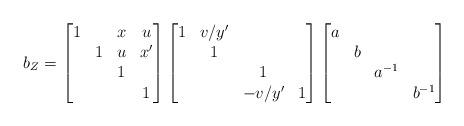
LaTeX: \begin{align*} b_Z=\begin{bmatrix}1&&x&u\\&1&u&x'\\&&1\\&&&1\end{bmatrix}\begin{bmatrix}1&v/y'\\&1\\&&1\\&&-v/y'&1\end{bmatrix}\begin{bmatrix}a\\&b\\&&a^{-1}\\&&&b^{-1}\end{bmatrix}\end{align*}